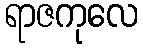
ရာဇကုလေ